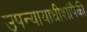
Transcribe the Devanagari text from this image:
उपन्यायाधीशांपैकी